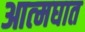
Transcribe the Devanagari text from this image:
आत्‍मघात